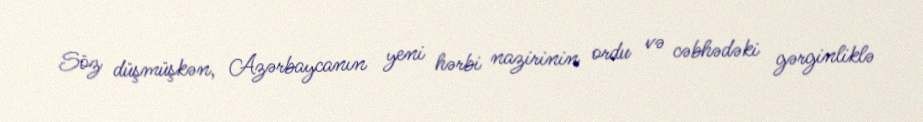
Söz düşmüşkən, Azərbaycanın yeni hərbi nazirinin ordu və cəbhədəki gərginliklə